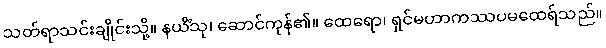
သတ်ရာသင်းချိုင်းသို့။ နယိံသု၊ ဆောင်ကုန်၏။ ထေရော၊ ရှင်မဟာကဿပမထေရ်သည်။